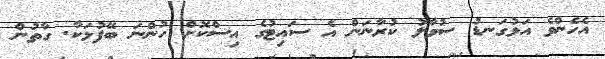
އެހެންވެ އަޅުގަނޑު ސުވާލު ކުރާނަން އެ ސައިޓުގެ އިސްކޮށް ހުންނަ ބޭފުޅަކާ. ގާތުން